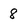
Character: 8